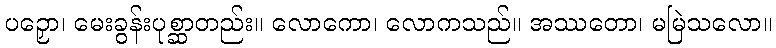
ပဉှော၊ မေးခွန်းပုစ္ဆာတည်း။ လောကော၊ လောကသည်။ အဿတော၊ မမြဲသလော။